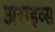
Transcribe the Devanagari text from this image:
अराइव्स